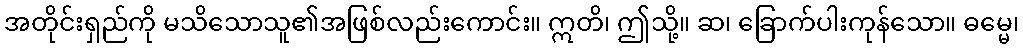
အတိုင်းရှည်ကို မသိသောသူ၏အဖြစ်လည်းကောင်း။ ဣတိ၊ ဤသို့။ ဆ၊ ခြောက်ပါးကုန်သော။ ဓမ္မေ၊